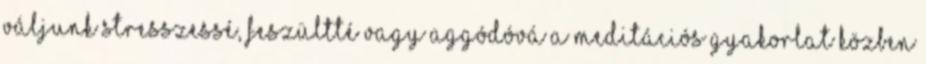
váljunk stresszessé, feszültté vagy aggódóvá a meditációs gyakorlat közben